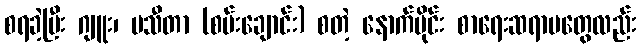
စရခဲ့ပြီး ဂျူး၊ မသီတာ (စမ်းချောင်း) စတဲ့ နောက်ပိုင်း စာရေးဆရာမတွေလည်း